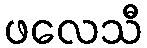
ဖလေသီ